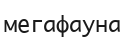
мегафауна